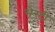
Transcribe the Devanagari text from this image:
सेस्टी